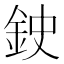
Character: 鉂